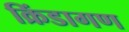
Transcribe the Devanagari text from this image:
क्रिंडागण